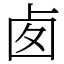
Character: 𠧧